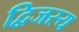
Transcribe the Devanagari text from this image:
द्विजस्य